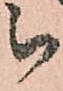
被